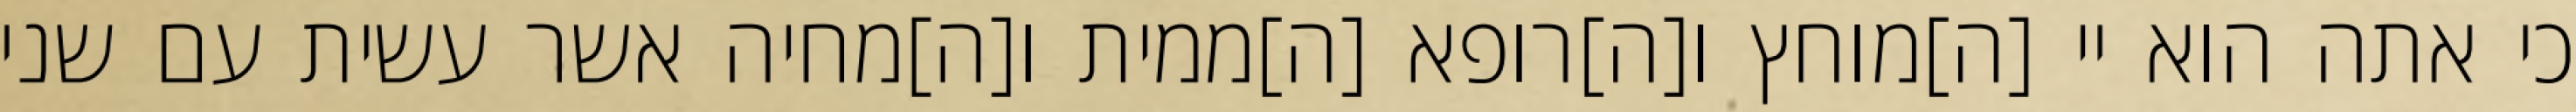
כי אתה הוא יי [ה]מוחץ ו[ה]רופא [ה]ממית ו[ה]מחיה אשר עשית עם שני